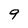
Character: 9